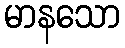
မာနသော